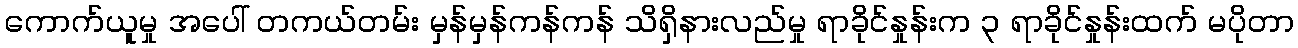
ကောက်ယူမှု အပေါ် တကယ်တမ်း မှန်မှန်ကန်ကန် သိရှိနားလည်မှု ရာခိုင်နှုန်းက ၃ ရာခိုင်နှုန်းထက် မပိုတာ